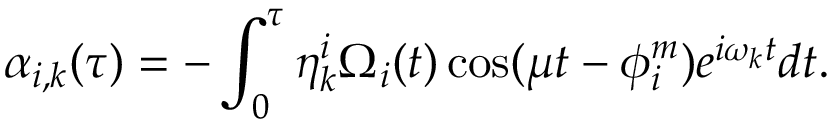
\alpha _ { i , k } ( \tau ) = - \int _ { 0 } ^ { \tau } \eta _ { k } ^ { i } \Omega _ { i } ( t ) \cos ( \mu t - \phi _ { i } ^ { m } ) e ^ { i \omega _ { k } t } d t .